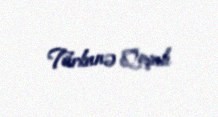
Türkanə Qoşalı